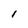
Character: l